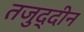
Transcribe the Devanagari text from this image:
तजुद्दीन